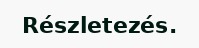
Részletezés.